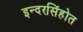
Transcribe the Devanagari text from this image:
इन्दरसिंहोत